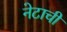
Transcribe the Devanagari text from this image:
नेटाची